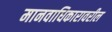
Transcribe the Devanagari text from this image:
मानवाधिकारावरील